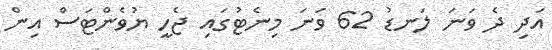
އަދި ދެ ވަނަ ލަނޑު 62 ވަނަ މިނެޓުގައި ޖެހީ ޔުވެންޓަސް އިން